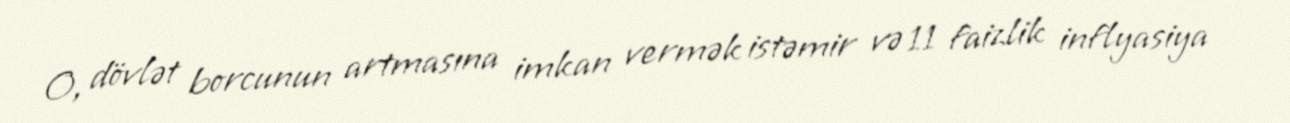
O, dövlət borcunun artmasına imkan vermək istəmir və 11 faizlik inflyasiya